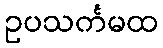
ဥပသင်္ကမထ